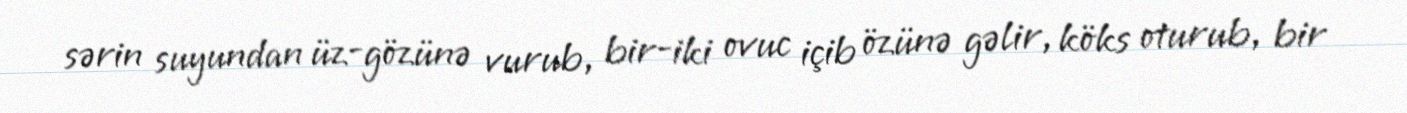
sərin suyundan üz-gözünə vurub, bir-iki ovuc içib özünə gəlir, köks oturub, bir